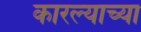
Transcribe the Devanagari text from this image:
कारल्याच्या